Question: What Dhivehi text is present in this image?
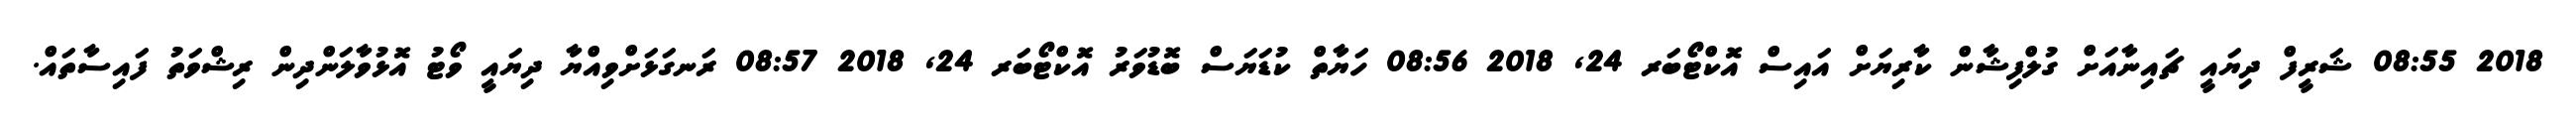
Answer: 2018 08:55 ޝަރީފް ދިޔައީ ޗައިނާއަށް ގުލްފިޝާން ކާރިޔަށް އައިސް އޮކްޓޯބަރ 24, 2018 08:56 ހަޔާތް ކުޑަޔަސް ބޮޑުވަރު އޮކްޓޯބަރ 24, 2018 08:57 ރަނގަޅަށްވިއްޔާ ދިޔައީ ވޯޓު އޮޅުވާލަންދިން ރިޝްވަތު ފައިސާތައް.